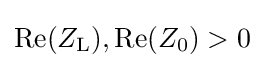
\operatorname {Re} (Z_{\mathrm {L} }),\operatorname {Re} (Z_{0})>0